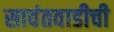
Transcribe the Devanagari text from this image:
सावंतवाडीची